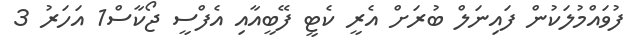
ފުވައްމުލަކުން ފައިނަލް ބުރަށް އެރީ ކެޓީ ފޭބީއާއި އެފްސީ ޖޯކާސް1 އަހަރު 3